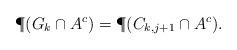
LaTeX: \begin{align*}\P(G_k \cap A^c) = \P(C_{k,j+1} \cap A^c).\end{align*}